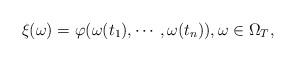
LaTeX: \begin{align*}\xi(\omega)=\varphi(\omega(t_{1}),\cdots,\omega(t_{n})),\omega \in \Omega_{T},\end{align*}